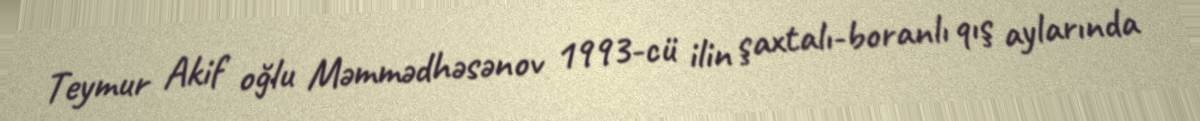
Teymur Akif oğlu Məmmədhəsənov 1993-cü ilin şaxtalı-boranlı qış aylarında